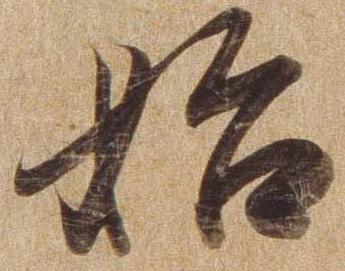
始